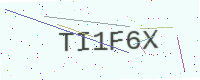
Text: TI1F6X